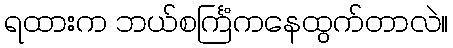
ရထားက ဘယ်စင်္ကြံကနေထွက်တာလဲ။